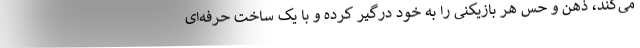
می‌کند، ذهن و حس هر بازیکنی را به خود درگیر کرده و با یک ساخت حرفه‌ای